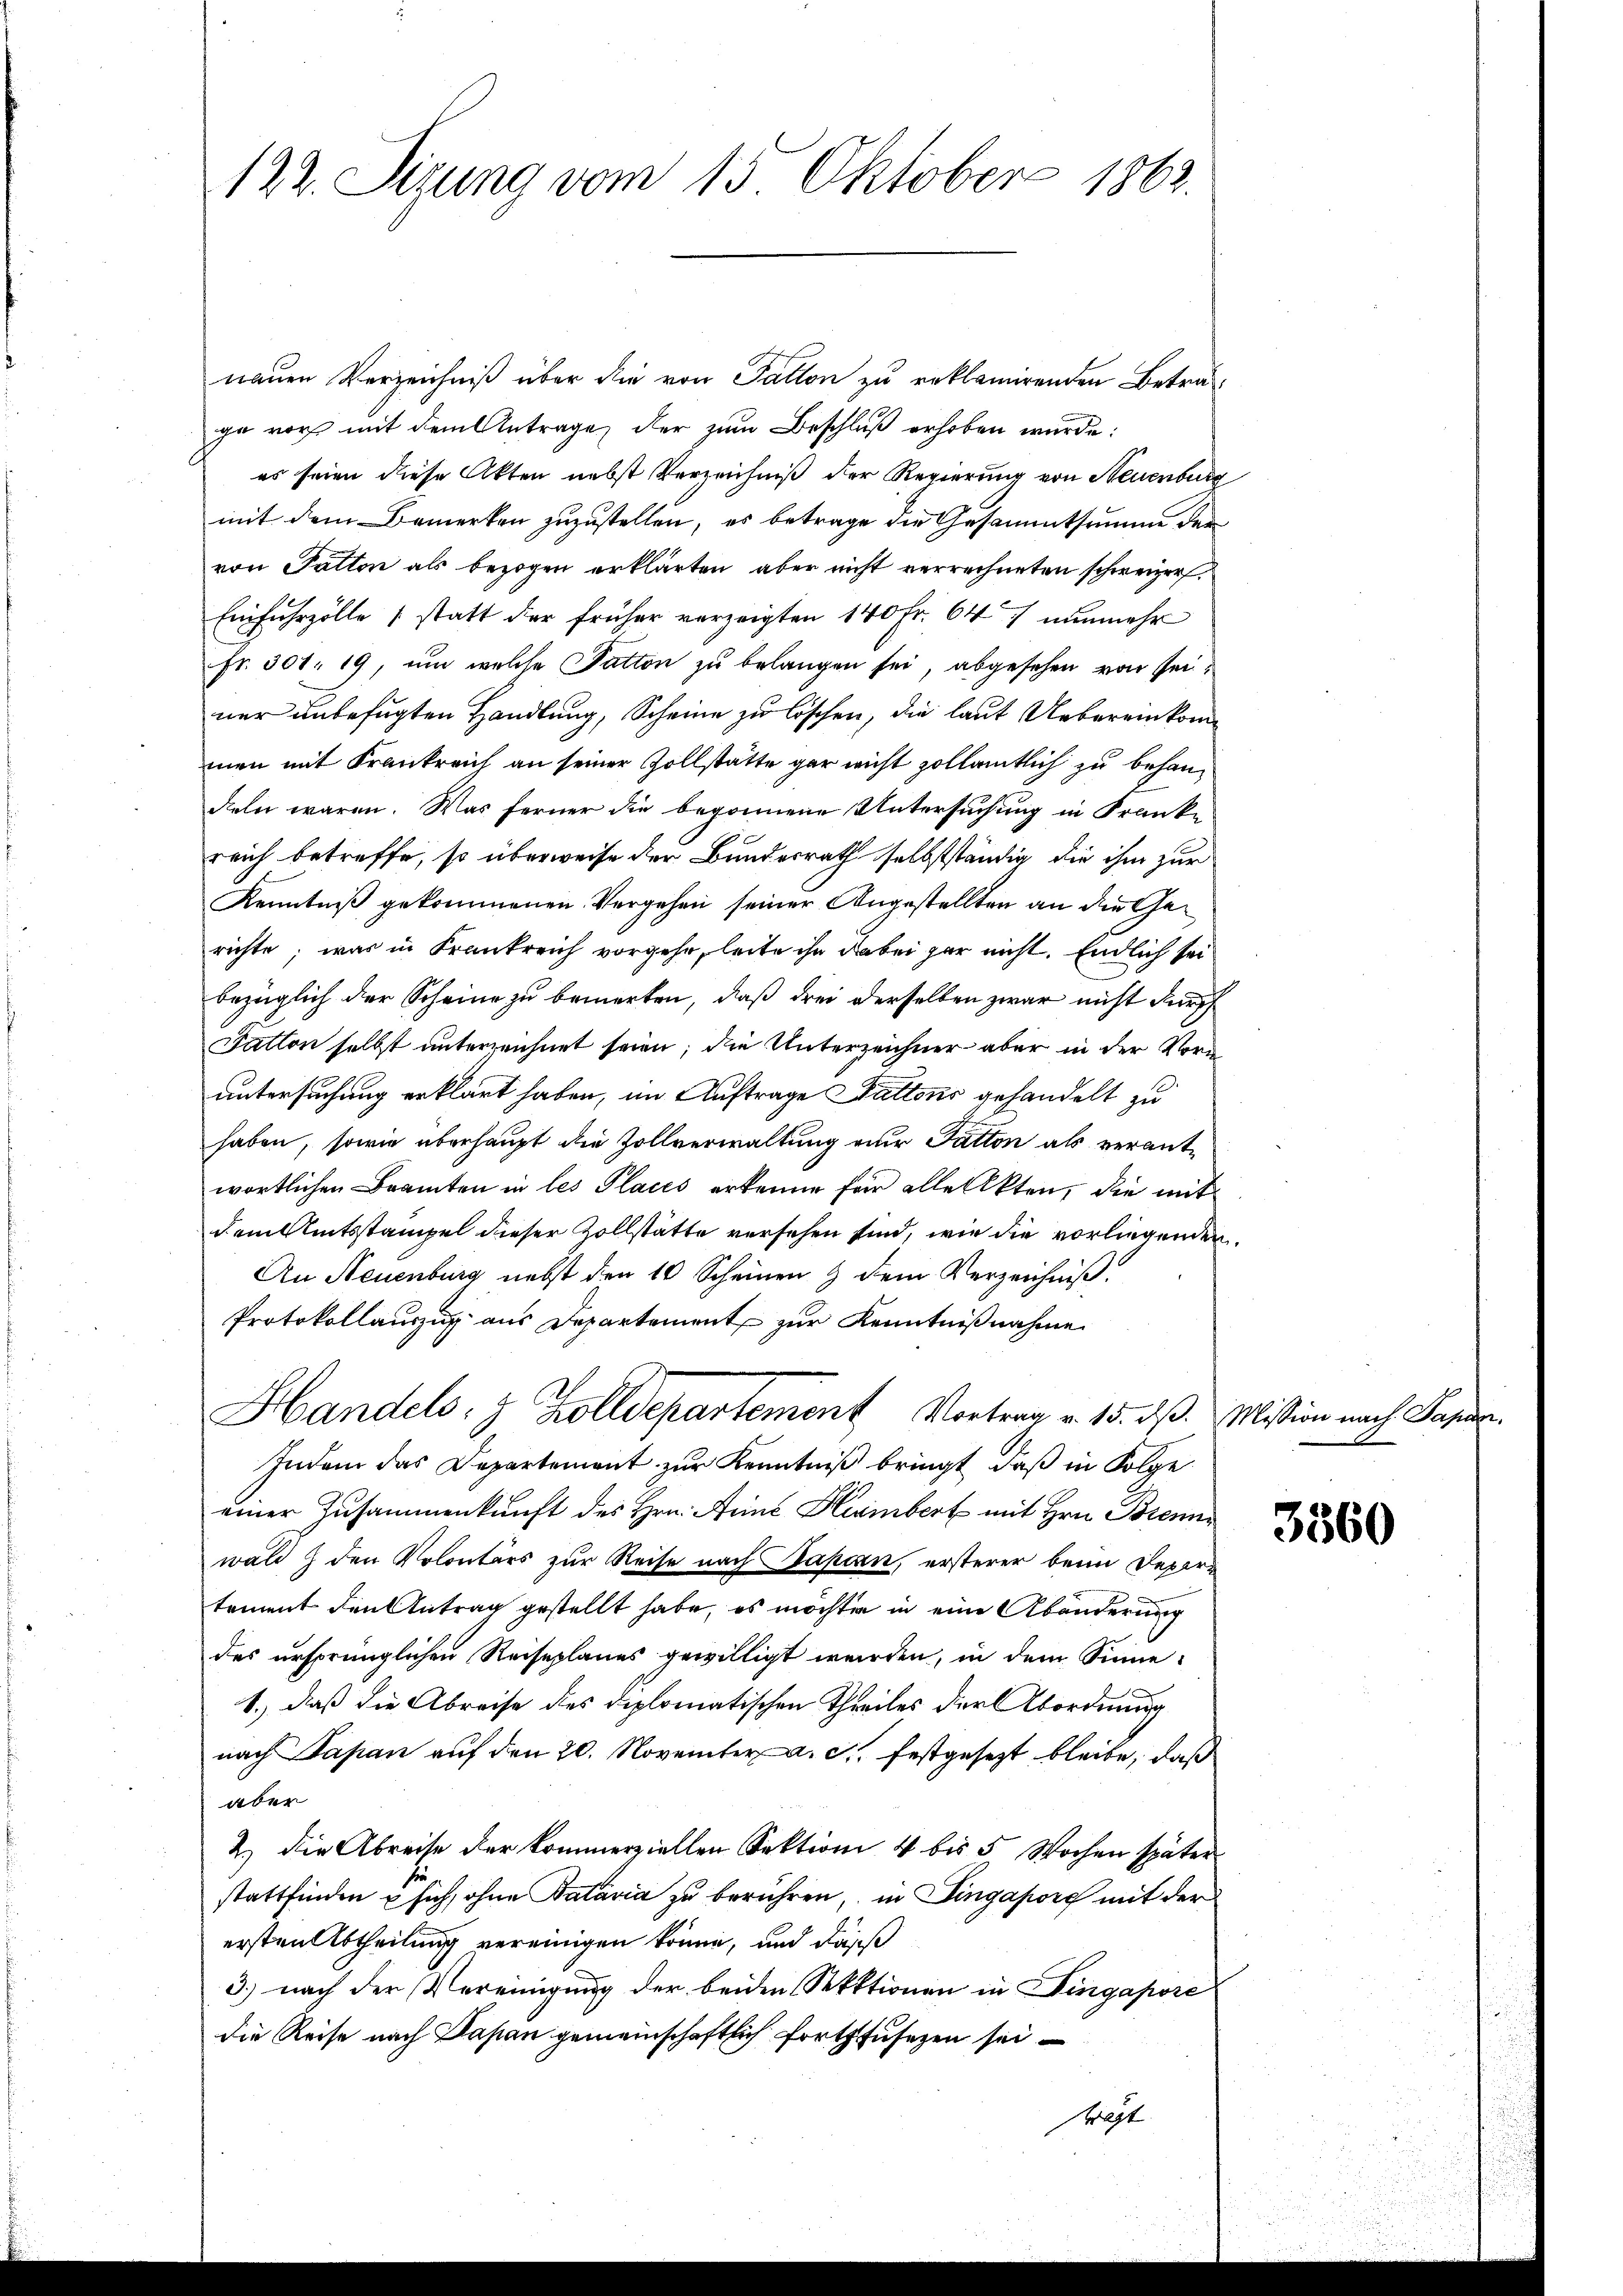
122. Sitzung vom 13. Oktober 1863.

nauen Verzeichniß über die von Tallon zu reklamirenden Beträge vor mit dem Antrage, der zum Beschluß erhoben wurde:
es seien diese Akten nebst Verzeichniß der Regierung von Neuenburg
mit dem Bemerken zuzustellen, es betrage die Gesammtsumme der
von Patten als bezogen erklärten, aber nicht verrechneten schweizer.
Einfuhrzölle (statt der früher verzeigten 140 fr. 647 nŭnmehr
Fr. 301. 19, um welche Tatton zu belangen sei, abgesehen von seiner unbefugten Handlung, Scheine zu löschen, die laut Uebereinkommen mit Krankreich an seiner Zollstätte gar nicht zollamtlich zu behandeln waren. Was ferner die begonnene Untersuchung in Franke
reich betreffe, so überweise der Bundesrath selbstständig die ihm zur
Kenntniß gekommenen Vergehen seiner Angestellten an die Gerichte; was in Frankreich vorgehe, leite ihn dabei gar nicht. Endlich sei
bezüglich der Scheine zu bemerken, daß drei derselben zwar nicht durch
Fatton selbst unterzeichnet seien; die Unterzeichner aber in der Vorn
untersuchung erklärt haben, im Auftrage Stattens gehandelt zu
haben, sowie überhaupt die Zollverwaltung nur Gatten als verantwortlichen Beamten in les Places erkenne für alle Akten, die mit
dem Amtsstampel dieser Zollstätte versehen sind, wie die vorliegenden
An Neuenburg nebst den 10 Scheinen & dem Verzeichniß
Protokollauszug aus Departement zur Kenntnißnahme
Handels- & Zolldepartement Vortrag v. 15. dß. Mission nach Papier
Indem das Departement zur Kenntniß bringt, daß in Folge
einer Zusammenkunft des Hrn. Anne Hembert mit Hrn. Brenn
wald & den Volontärs zur Reise nach Papian, ersterer beim Depar-
tement den Antrag gestellt habe, es möchte in eine Abänderung
des ursprünglichen Reiseplanes gewilligt werden, in dem Sinne
1.) daß die Abreise des diplomatischen Theiles der Abordnung
nach Papan auf den 20. November a. c., festgesezt bleibe, daß
aber
2.) Die Abreise der kommerziellen Sektion 4 bis 5 Wochen später
stattfinden u sich, ohne Bataria zu berühren, in Eingapore mit der
ersten Abtheilung vereinigen könne, und dass
3.) nach der Vereinigung der beiden Sektionen in Dingapore
die Reise nach Dapan gemeinschaftlich fortfuhrgen seiträgt.

3560